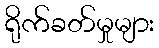
ရိုက်ခတ်မှုများ